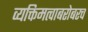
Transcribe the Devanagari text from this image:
व्यक्तिमत्वाबरोबरच